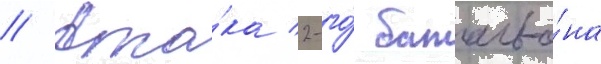
// Ата́ка 2-го́ батальо́на